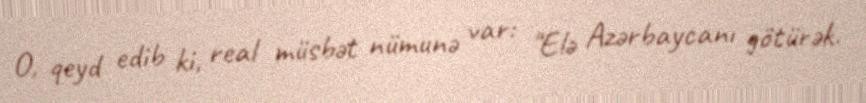
O, qeyd edib ki, real müsbət nümunə var: "Elə Azərbaycanı götürək.